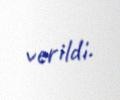
verildi.